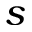
s